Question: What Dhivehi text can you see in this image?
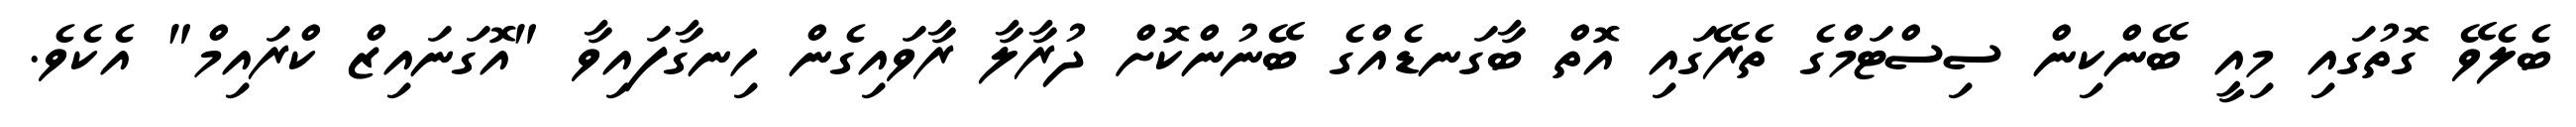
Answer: ބެލެވޭ ގޮތުގައި މިއީ ބޭންކިން ސިސްޓަމްގެ ތެރޭގައި އޮތް ބާގަނޑެއްގެ ބޭނުންކޮށް ދުރާލާ ރާވައިގެން ހިނގާފައިވާ "އޮގަނައިޒް ކްރައިމް" އެކެވެ.